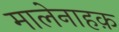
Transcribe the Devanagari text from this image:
मालेनाहक़